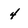
Character: 4